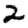
Digit: 2